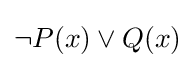
\neg P(x)\vee Q(x)